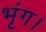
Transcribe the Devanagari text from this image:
भृंग।